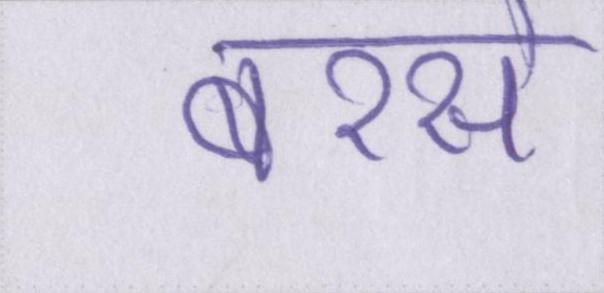
बरसे